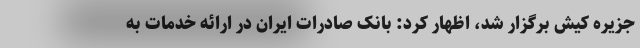
جزیره کیش برگزار شد، اظهار کرد: بانک صادرات ایران در ارائه خدمات به